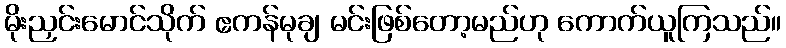
မိုးညှင်းမောင်သိုက် ဧကန်မုချ မင်းဖြစ်တော့မည်ဟု ကောက်ယူကြသည်။